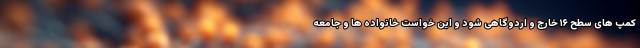
کمپ های سطح ۱۶ خارج و اردوگاهی شود و این خواست خانواده ها و جامعه